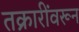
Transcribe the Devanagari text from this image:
तक्रारींवरून